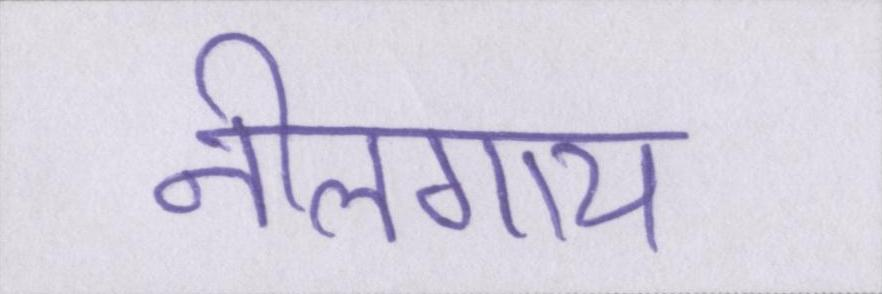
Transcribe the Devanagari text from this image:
नीलगाय